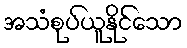
အသံစုပ်ယူနိုင်သော